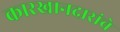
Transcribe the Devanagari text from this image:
कारखानदारांचे